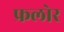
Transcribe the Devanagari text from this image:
फ्रलोर